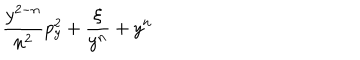
LaTeX: \! \! \frac { y ^ { 2 - n } } { n ^ { 2 } } p _ { y } ^ { 2 } + \frac { \xi } { y ^ { n } } + y ^ { n } \! \!